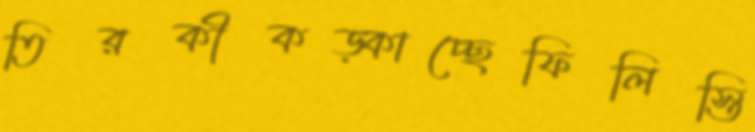
তিরকীকড়্‌কাচ্ছেফিলিস্তি